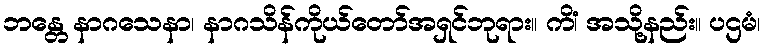
ဘန္တေ နာဂသေနာ၊ နာဂသိန်ကိုယ်တော်အရှင်ဘုရား။ ကိံ၊ အသို့နည်း။ ပဌမံ၊